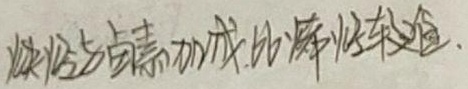
炔烃与卤素加成比烯烃较难.